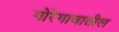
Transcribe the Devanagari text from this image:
गोरेगावातील